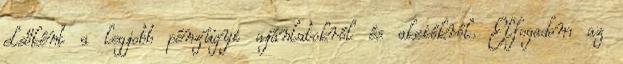
elsőként a legjobb pénzügyi ajánlatokról és akciókról. Elfogadom az